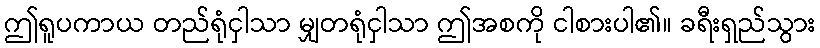
ဤရူပကာယ တည်ရုံငှါသာ မျှတရုံငှါသာ ဤအစကို ငါစားပါ၏။ ခရီးရှည်သွား